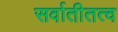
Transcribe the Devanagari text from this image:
सर्वातीतत्व